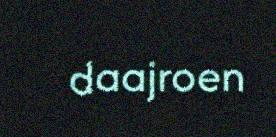
daajroen